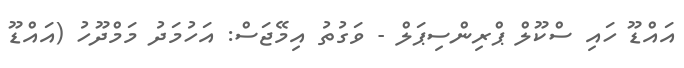
އައްޑޫ ހައި ސްކޫލް ޕްރިންސިޕަލް - ވަގުތު އިމޭޖަސް: އަހުމަދު މަމްދޫހު (އައްޑޫ